Code of medical and sanitary regulations for the guidance of medical officers serving in the Madras Presidency - Volume I
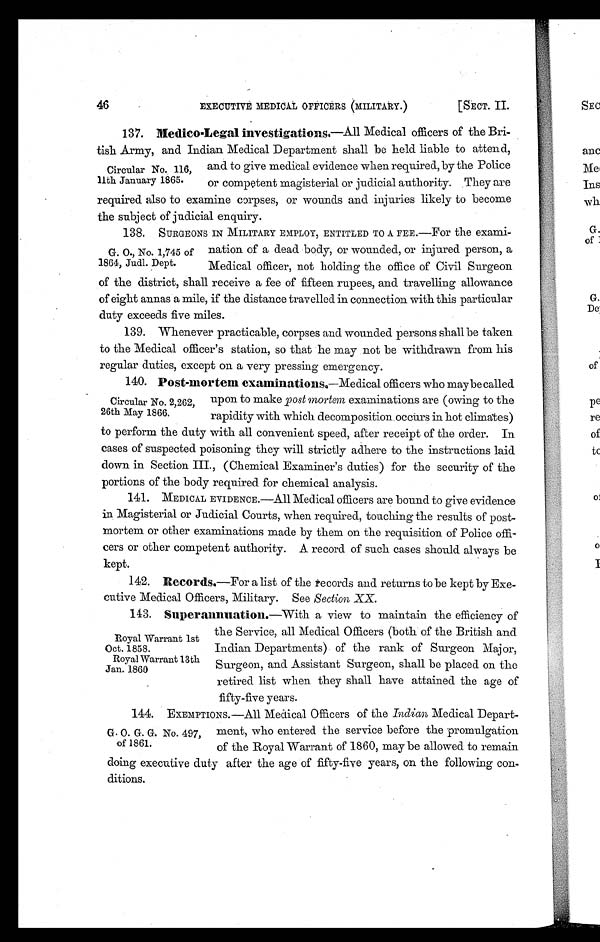
EXECUTIVE MEDICAL OFFICERS (MILITARY.)
[SECT. II.
137. Medico-Legal investigations .—All Medical officers of the Bri-
tish Army, and Indian Medical Department shall be held liable to attend,
and to give medical evidence when required, by the Police
or competent magisterial or judicial authority. They are
required also to examine corpses, or wounds and injuries likely to become
the subject of judicial enquiry.
138. SURGEONS IN MILITARY EMPLOY, ENTITLED TO A FEE.—For the exami-
nation of a dead body, or wounded, or injured person, a
Medical officer, not holding the office of Civil Surgeon
of the district, shall receive a fee of fifteen rupees, and travelling allowance
of eight annas a mile, if the distance travelled in connection with this particular
duty exceeds five miles.
139. Whenever practicable, corpses and wounded persons shall be taken
to the Medical officer's station, so that he may not be withdrawn from his
regular duties, except on a very pressing emergency.
140. Post-mortem examinations.—Medical officers who maybe called
upon to make postmortem examinations are (owing to the
rapidity with which decomposition occurs in hot climates)
to perform the duty with all convenient speed, after receipt of the order. In
cases of suspected poisoning they will strictly adhere to the instructions laid
down in Section III., (Chemical Examiner's duties) for the security of the
portions of the body required for chemical analysis.
141. MEDICAL EVIDENCE.—All Medical officers are bound to give evidence
in Magisterial or Judicial Courts, when required, touching the results of post-
mortem or other examinations made by them on the requisition of Police offi-
cers or other competent authority. A record of such cases should always be
kept.
142.
Records.—For a list of the records and returns to be kept by Exe-
cutive Medical Officers, Military. See Section XX.
143. Sitperannuation.—With a view to maintain the efficiency of
the Service, all Medical Officers (both of the British and
Indian Departments) of the rank of Surgeon Major,
Surgeon, and Assistant Surgeon, shall be placed on the
retired list when they shall have attained the age of
fifty-five years.
144. EXEMPTIONS.—All Medical Officers of the Indian Medical Depart-
ment, who entered the service before the promulgation
of the Royal Warrant of 1860, may be allowed to remain
doing executive duty after the age of fifty-five years, on the following con-
ditions.
Circular No. 116,
11th January 1865.
G. O., No. 1,745 of
1864, Judl. Dept.
Circular No. 2,262,
26th May 1866.
Royal Warrant 1st
Oct. 1858.
Royal Warrant 13th
Jan. 1860
G. O. G. G. No. 497,
of 1861.